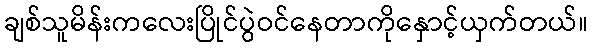
ချစ်သူမိန်းကလေးပြိုင်ပွဲဝင်နေတာကိုနှောင့်ယှက်တယ်။